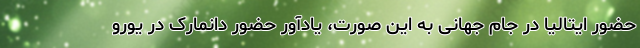
حضور ایتالیا در جام جهانی به این صورت، یادآور حضور دانمارک در یورو